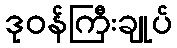
ဒုဝန်ကြီးချုပ်